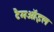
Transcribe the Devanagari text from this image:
टैमऑइल